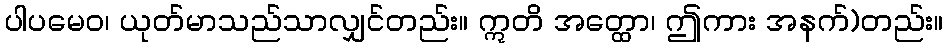
ပါပမေဝ၊ ယုတ်မာသည်သာလျှင်တည်း။ ဣတိ အတ္ထော၊ ဤကား အနက်)တည်း။